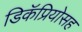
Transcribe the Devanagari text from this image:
डिकॅप्रियोसह